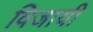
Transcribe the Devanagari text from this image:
विजायी